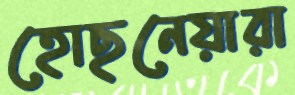
হোছনেয়ারা